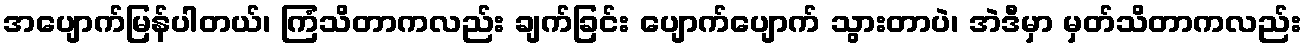
အပျောက်မြန်ပါတယ်၊ ကြံသိတာကလည်း ချက်ခြင်း ပျောက်ပျောက် သွားတာပဲ၊ အဲဒီမှာ မှတ်သိတာကလည်း